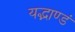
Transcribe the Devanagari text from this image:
यद्भाण्डं